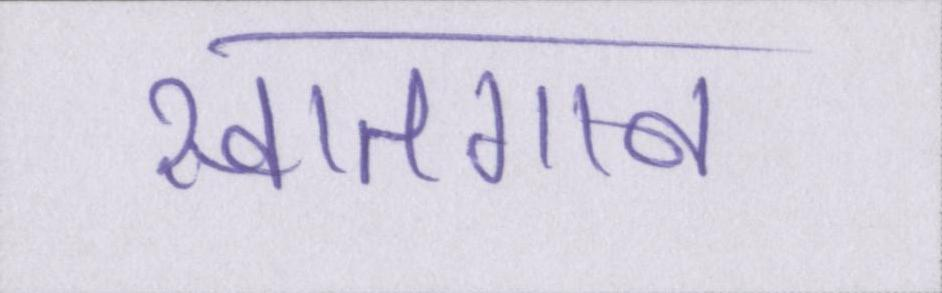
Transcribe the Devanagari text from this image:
स्वातगान